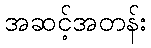
အဆင့်အတန်း